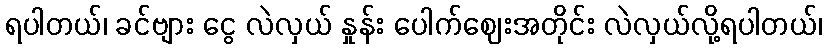
ရပါတယ်၊ ခင်ဗျား ငွေ လဲလှယ် နှုန်း ပေါက်ဈေးအတိုင်း လဲလှယ်လို့ရပါတယ်၊